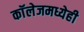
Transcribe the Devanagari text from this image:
काॅलेजमध्येही